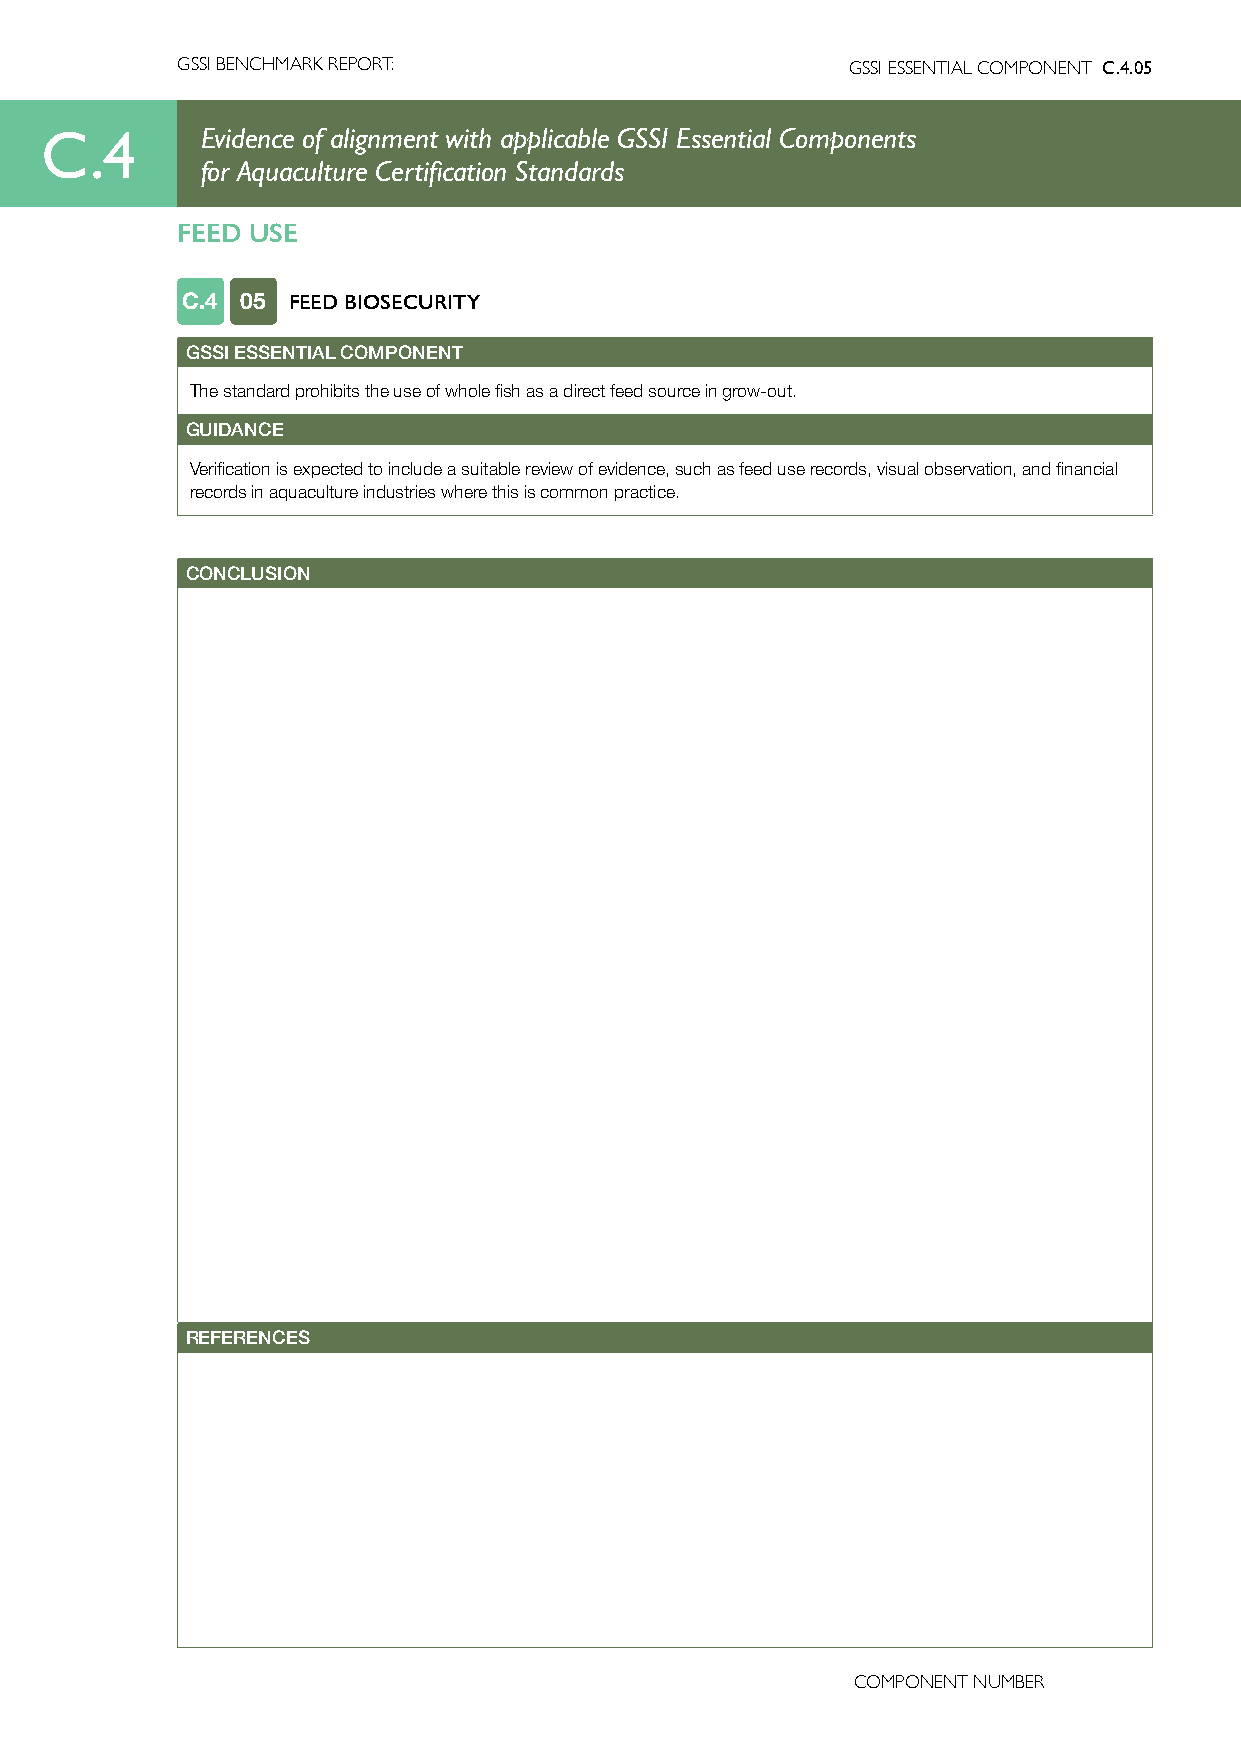
GSSI BENCHMARK REPORT:                      GSSI ESSENTIAL COMPONENT C.4.05
 C.4       Evidence of alignment with applicable GSSI Essential Components
 for Aquaculture Certification Standards
 FEED USE
 C.4 05 FEED BIOSECURITY
 GSSI ESSENTIAL COMPONENT
 The standard prohibits the use of whole fish as a direct feed source in grow-out.
 GUIDANCE
 Verification is expected to include a suitable review of evidence, such as feed use records, visual observation, and financial
 records in aquaculture industries where this is common practice.
 CONCLUSION
 REFERENCES
 COMPONENT NUMBER